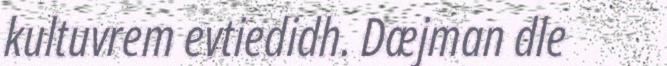
kultuvrem evtiedidh. Dæjman dle